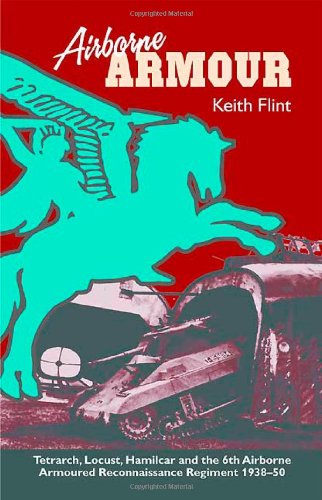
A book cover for Airborne Armour: Tetrarch, Locust, Hamilcar and the 6th Airborne Armoured Reconnaissance Regiment 1938-50; Keith Flint; History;